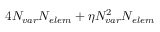
4 \ensuremath { N _ { v a r } } \ensuremath { N _ { e l e m } } + \eta \ensuremath { N _ { v a r } } ^ { 2 } \ensuremath { N _ { e l e m } }